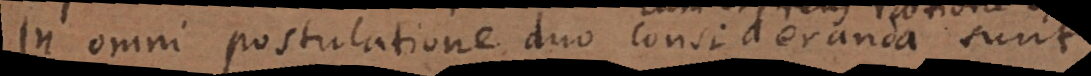
In omni postulatione duo consideranda sunt,